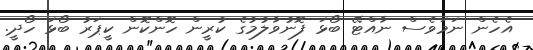
އެހެން ނަމަވެސް ނާއްޓޭ ބޯޅަ ފޮނުވާލުމުގެ ކުރީން ހޮންކޮން ކީޕަރު ބޯޅަ ހޯދީ.